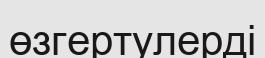
өзгертулерді